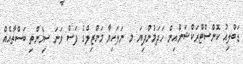
ޑަބްލިއު ކޮންސްޓްރަކްޝަންއިން ހަދަމުންދިޔަ މ. ނަލަހިޔާ މަންޒިލްގެ ފަސް ވަނަ ސިމެންތި ބަސްތާއެއް